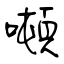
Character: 噸